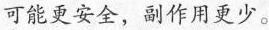
可能更安全，副作用更少。